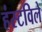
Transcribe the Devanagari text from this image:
हंस्टविले